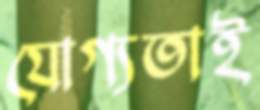
যোগ্যতাই